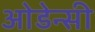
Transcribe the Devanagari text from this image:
ओडेन्सी